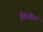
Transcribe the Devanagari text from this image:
मिथोस